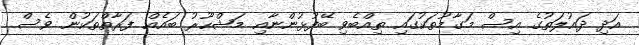
އަދި ދައުލަތުގެ އިސް މަގާމުތަކުގައި ތިއްބެވި ބޭފުޅުންނާއި މަޝްހޫރު ބައެއް ފަރާތްތަކުން ވެސް